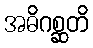
အဓိဂစ္ဆတိ